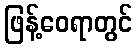
ဖြန့်ဝေရာတွင်